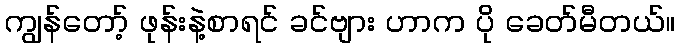
ကျွန်တော့် ဖုန်းနဲ့စာရင် ခင်ဗျား ဟာက ပို ခေတ်မီတယ်။